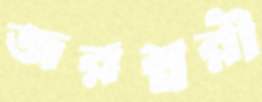
জরম্নরী